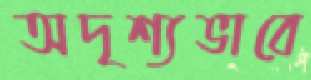
অদৃশ্যভাবে